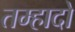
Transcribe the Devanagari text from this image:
तम्हादो